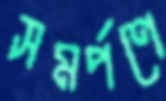
সমর্পণে